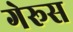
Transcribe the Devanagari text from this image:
गेरूस